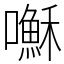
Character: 𫬥